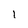
Character: 1